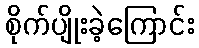
စိုက်ပျိုးခဲ့ကြောင်း